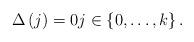
LaTeX: \begin{align*}\Delta\left(j\right)=0j\in\left\{ 0,\ldots,k\right\} .\end{align*}